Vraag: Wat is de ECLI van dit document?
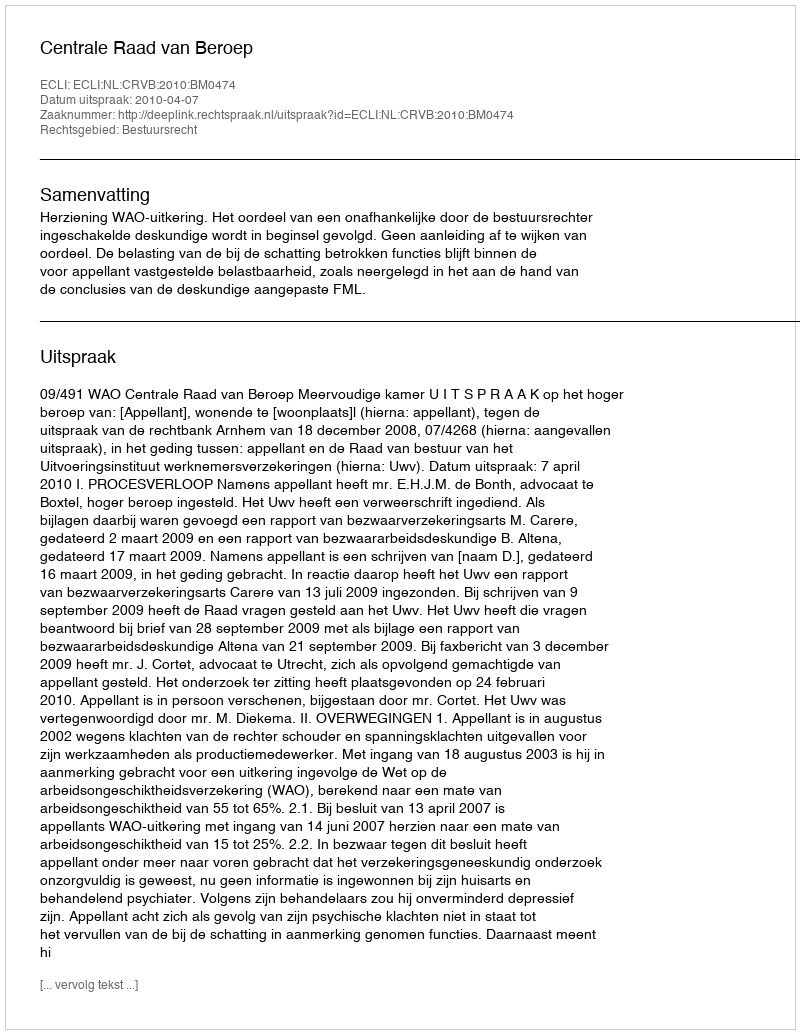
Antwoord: ECLI:NL:CRVB:2010:BM0474